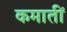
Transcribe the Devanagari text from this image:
कमातीं